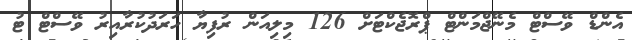
އެންޑް ވޭސްޓް މެނޭޖްމަންޓް ޕްރޮޖެކްޓަށް 126 މިލިއަން ރުފިޔާ ހަރަދުކުރާއިރު ވޭސްޓް ޓު